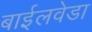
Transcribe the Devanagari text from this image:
बाईलवेडा